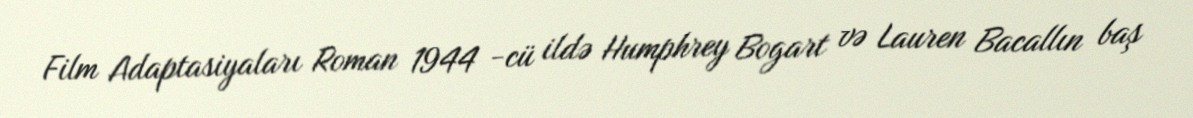
Film Adaptasiyaları Roman 1944 -cü ildə Humphrey Bogart və Lauren Bacallın baş